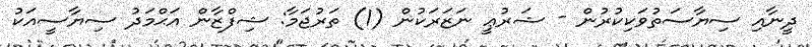
ދީނާއި ސިޔާސަތުވަކިކުރުން - ޝަރުޢީ ނަޒަރަކުން (1) ތަރުޖަމާ: ޝިފްޒާން އަޙްމަދު ސިޔާސީއަކު